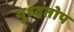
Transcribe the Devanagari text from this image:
युध्दतोप